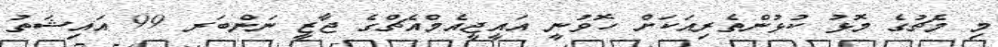
މި މެޗުގެ މޮޅު ކުޅުންތެރިއަކަށް ހޮވުނީ އައީޖީއެމްއެޗްގެ ޖާޒީ ނަންބަރ 99 އައިޝަތު